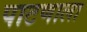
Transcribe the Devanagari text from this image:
पाटणाला